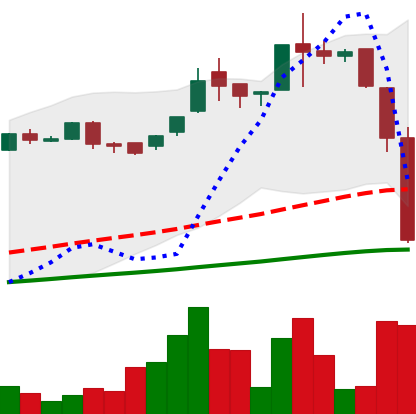
Ticker: LTC-USD
Chart end date: 2016-06-22
Forward return: 5.348%
Label: up_5_7